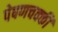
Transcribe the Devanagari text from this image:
पेषणचक्की